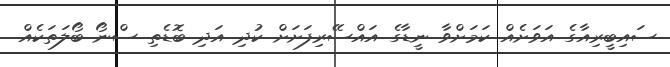
ސައިބީރިއާގެ އަވަށެއް ކަމަށްވާ ނީޑާގެ އައްސޭރިފަށަށް ކުދި އަދި ބޮޑެތި ސްނޯ ބޯލަތަކެއް